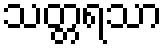
သတ္တရသာ